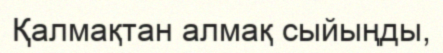
Қалмақтан алмақ сыйыңды,